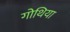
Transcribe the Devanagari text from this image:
गोथिया